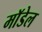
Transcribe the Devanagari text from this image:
माॅडेल